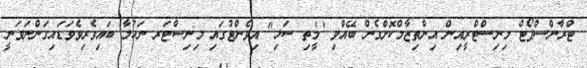
ޓްރާންސްޕޯޓް މިނިސްޓްރީއިން އިންތިޒާމްކޮށްގެން ބޭއްވި "މީތި ސަޅި" އިވެންޓުގައި މިނިސްޓަރ ނަހުލާ ބައިވެރިވެވަޑައިގަންނަވަނީ